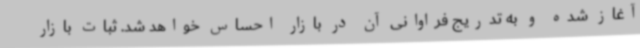
آغاز شده و به تدریج فراوانی آن در بازار احساس خواهد شد. ثبات بازار